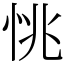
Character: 恌